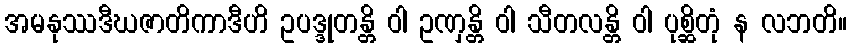
အမနုဿဒီဃဇာတိကာဒီဟိ ဥပဒ္ဒုတန္တိ ဝါ ဥဏှန္တိ ဝါ သီတလန္တိ ဝါ ပုစ္ဆိတုံ န လဘတိ။